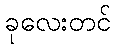
ခုလေးတင်